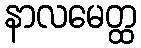
နာလမေတ္ထ